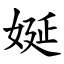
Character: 娫